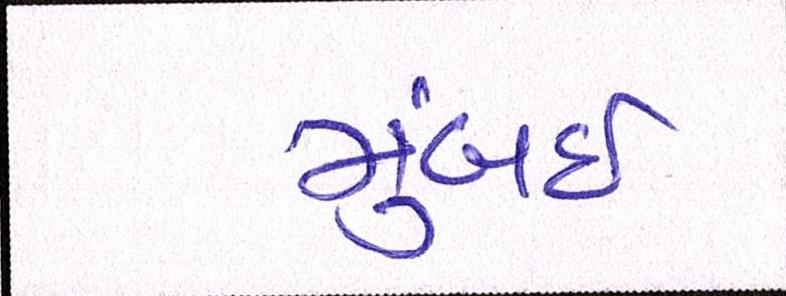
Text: મુંબઈઃ